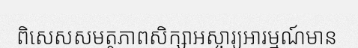
ពិសេសសមត្ថភាពសិក្សាអស្ចារ្យអារម្មណ៍មាន